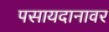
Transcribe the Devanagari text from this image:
पसायदानावर